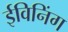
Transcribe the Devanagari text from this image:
ईविनिंग